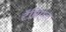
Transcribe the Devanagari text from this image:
टॅम्रिएल